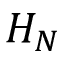
H _ { N }